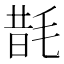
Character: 𭯜